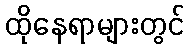
ထိုနေရာများတွင်